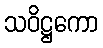
သဝိဋ္ဌကော